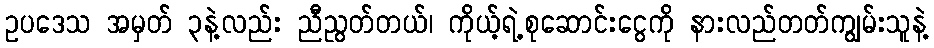
ဥပဒေသ အမှတ် ၃နဲ့လည်း ညီညွတ်တယ်၊ ကိုယ့်ရဲ့စုဆောင်းငွေကို နားလည်တတ်ကျွမ်းသူနဲ့